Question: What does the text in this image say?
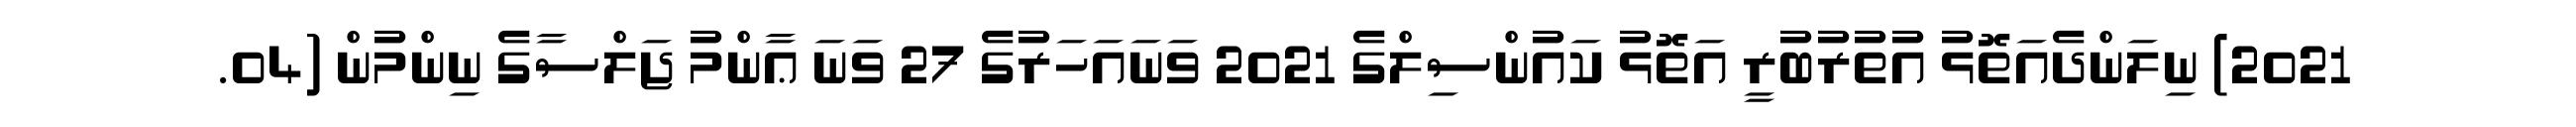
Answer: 2021) ނިލަންދެއަތޮޅު އުތުރުބުރީ އަތޮޅު ކައުންސިލްގެ 2021 ވަނައަހަރުގެ 27 ވަނަ ޢާންމު ޖަލްސާގެ ނިންމުން (04.